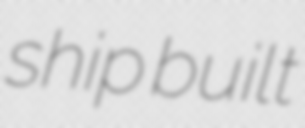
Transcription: ship built